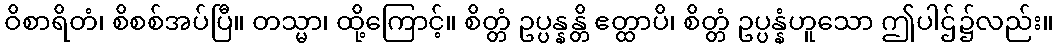
ဝိစာရိတံ၊ စိစစ်အပ်ပြီ။ တသ္မာ၊ ထို့ကြောင့်။ စိတ္တံ ဥပ္ပန္နန္တိ ဧတ္ထာပိ၊ စိတ္တံ ဥပ္ပန္နံဟူသော ဤပါဌ်၌လည်း။